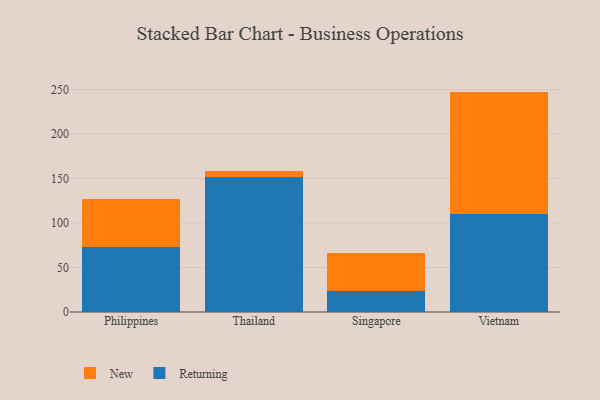
{"axis": {"x": "Country", "y": "Market Share (%)"}, "legend": ["New", "Returning"], "data": [{"x": "Philippines", "y": 73.3, "type": "Returning"}, {"x": "Philippines", "y": 53.1, "type": "New"}, {"x": "Thailand", "y": 152.0, "type": "Returning"}, {"x": "Thailand", "y": 6.3, "type": "New"}, {"x": "Singapore", "y": 23.8, "type": "Returning"}, {"x": "Singapore", "y": 42.8, "type": "New"}, {"x": "Vietnam", "y": 110.1, "type": "Returning"}, {"x": "Vietnam", "y": 137.5, "type": "New"}]}